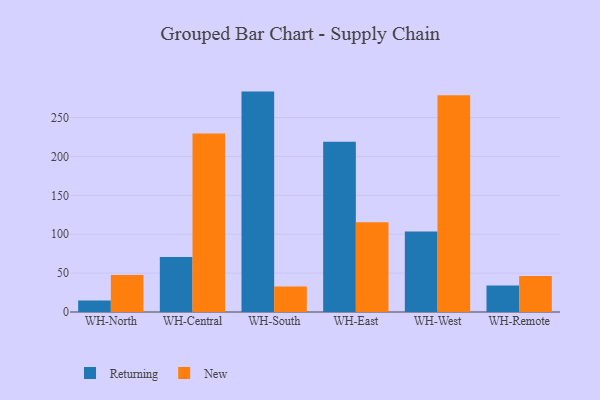
{"axis": {"x": "Warehouse", "y": "Revenue (USD Million)"}, "legend": ["New", "Returning"], "data": [{"x": "WH-North", "y": 14.7, "type": "Returning"}, {"x": "WH-North", "y": 47.5, "type": "New"}, {"x": "WH-Central", "y": 70.6, "type": "Returning"}, {"x": "WH-Central", "y": 229.5, "type": "New"}, {"x": "WH-South", "y": 283.3, "type": "Returning"}, {"x": "WH-South", "y": 32.7, "type": "New"}, {"x": "WH-East", "y": 218.7, "type": "Returning"}, {"x": "WH-East", "y": 115.3, "type": "New"}, {"x": "WH-West", "y": 103.4, "type": "Returning"}, {"x": "WH-West", "y": 278.6, "type": "New"}, {"x": "WH-Remote", "y": 34.0, "type": "Returning"}, {"x": "WH-Remote", "y": 46.4, "type": "New"}]}